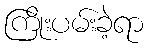
ကြိုးပမ်းခဲ့ရာ